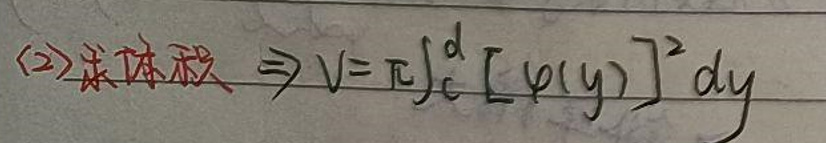
$\langle 2\rangle\text{求体积}\Rightarrow V = \pi\int_{c}^{d}[\varphi(y)]^{2}dy$